Document type: Sale
Year: 1423
Scribe: Joan Franc
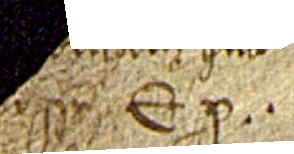
possint. Et pro